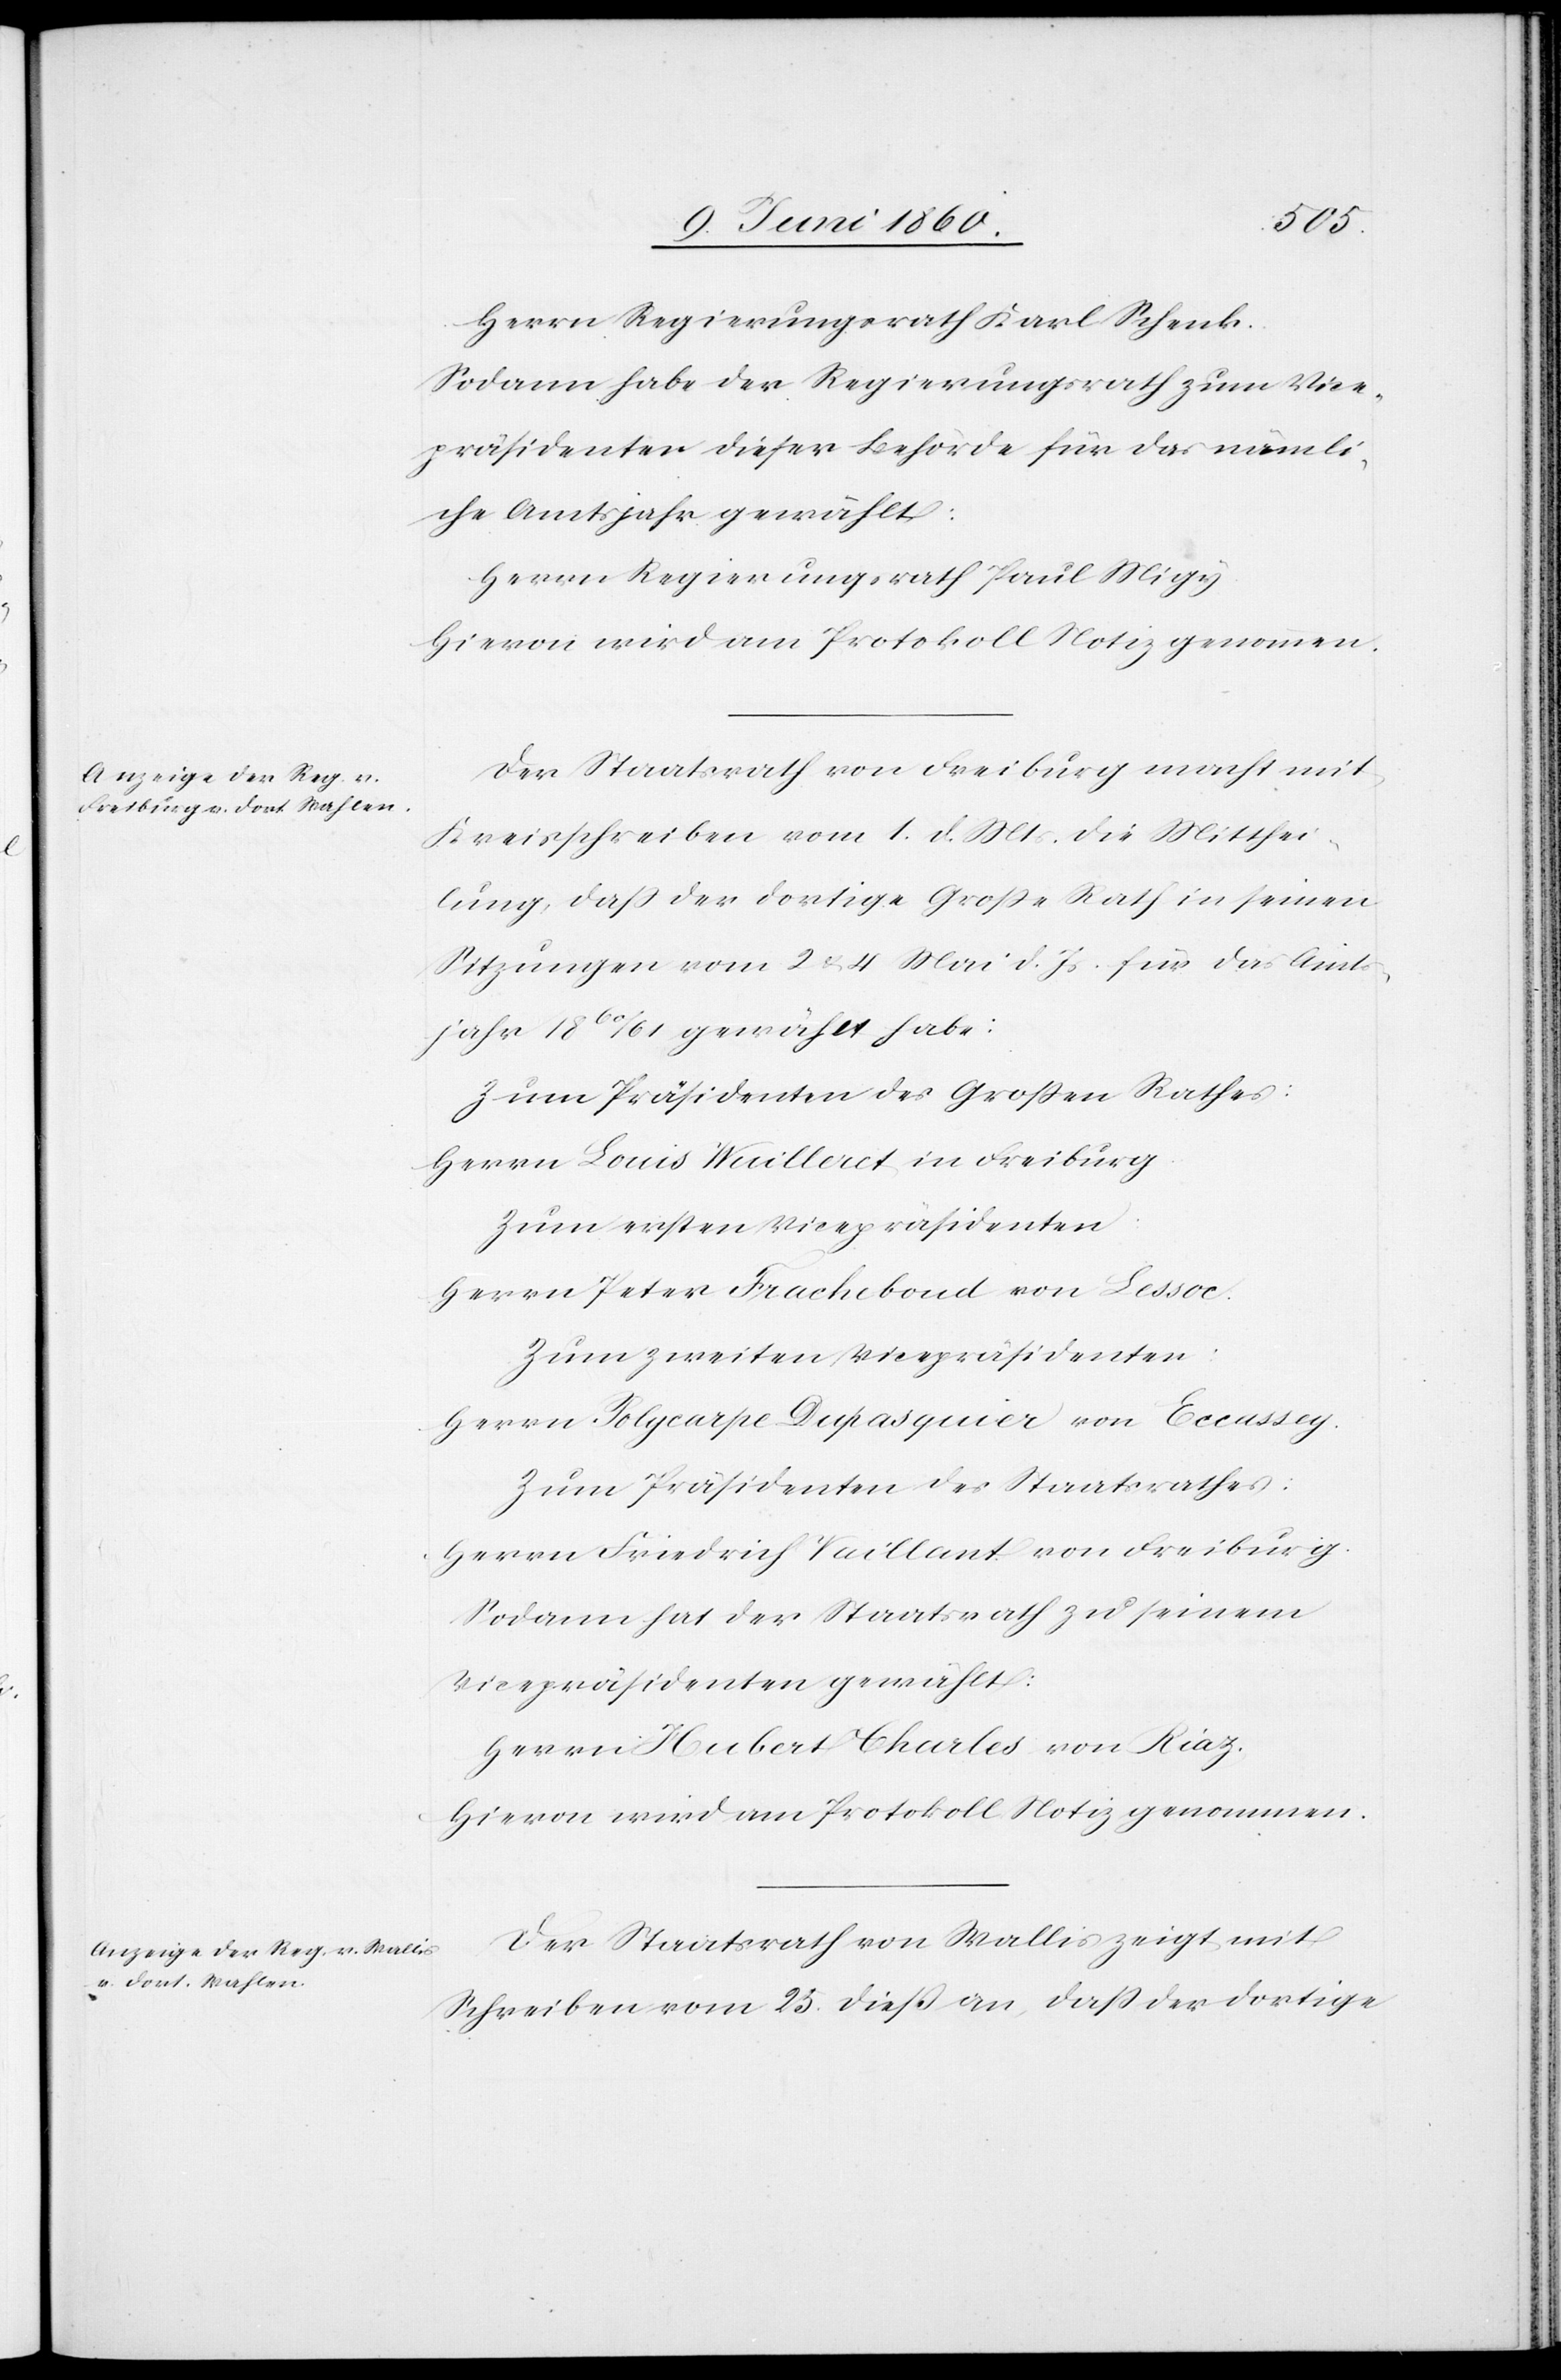
Herrn Regierungsrath Karl Schenk.
Sodann habe der Regierungsrath zum Vice¬
präsidenten dieser Behörde für das nämli¬
che Amtsjahr gewählt:
Herrn Regierungsrath Paul Migy.
Hievon wird am Protokoll Notiz genommen.
Der Staatsrath von Freiburg macht mit
Kreisschreiben vom 1. d. Mts. die Mitthei¬
lung, dass der dortige Grosse Rath in seinen
Sitzungen vom 2 u. 4. Mai d. Js. für das Amts¬
jahr 1860/61 gewählt habe:
Zum Präsidenten des Grossen Rathes:
Herrn Louis Wuilleret in Freiburg.
Zum ersten Vicepräsidenten:
Herrn Peter Fracheboud von Lessoc.
Zum zweiten Vicepräsidenten:
Herrn Polycarpe Dupasquier von Eccassey.
Zum Präsidenten des Staatsrathes:
Herrn Friedrich Veuillant von Freiburg.
Sodann hat der Staatsrath zu seinem
Vicepräsidenten gewählt:
Herrn Hubert Charles von Riaz.
Hievon wird am Protokoll Notiz genommen.
Der Staatsrath von Wallis zeigt mit
Schreiben vom 25. diess an, dass der dortige